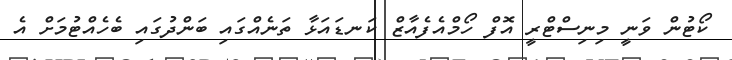
ކޯޓުން ވަނީ މިނިސްޓްރީ އޮފް ހޯމްއެފެއާޒް ކަނޑައަޅާ ތަނެއްގައި ބަންދުގައި ބެހެއްޓުމަށް އެ